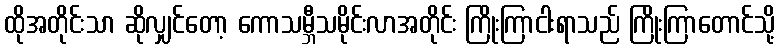
ထိုအတိုင်းသာ ဆိုလျှင်တော့ ကောသမ္ဘီသမိုင်းလာအတိုင်း ကြိုးကြာငါးရာသည် ကြိုးကြာတောင်သို့